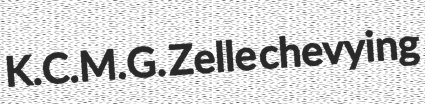
K.C.M.G. Zelle chevying